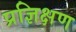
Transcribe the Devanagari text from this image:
प्रज्ञिक्षण